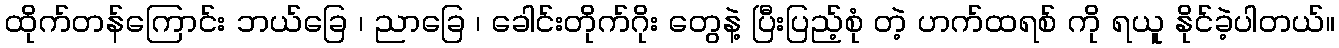
ထိုက်တန်ကြောင်း ဘယ်ခြေ ၊ ညာခြေ ၊ ခေါင်းတိုက်ဂိုး တွေနဲ့ ပြီးပြည့်စုံ တဲ့ ဟက်ထရစ် ကို ရယူ နိုင်ခဲ့ပါတယ်။